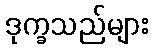
ဒုက္ခသည်များ